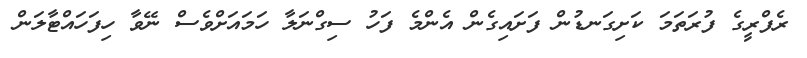
ރެފްރީގެ ފުރަތަމަ ކަށިގަނޑުން ފަށައިގެން އެންމެ ފަހު ސިގްނަލާ ހަމައަށްވެސް ނޭވާ ހިފަހައްޓާލަން